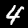
Label: 4